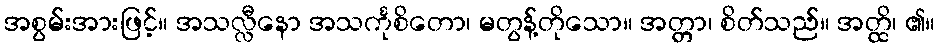
အစွမ်းအားဖြင့်။ အသလ္လီနော အသင်္ကုစိတော၊ မတွန့်တိုသော။ အတ္တာ၊ စိတ်သည်။ အတ္ထိ၊ ၏။